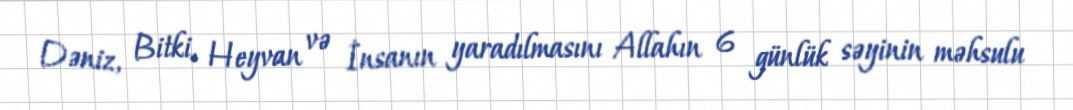
Dəniz, Bitki, Heyvan və İnsanın yaradılmasını Allahın 6 günlük səyinin məhsulu